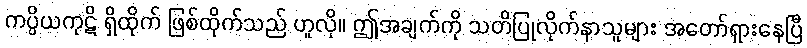
ကပ္ပိယကုဋိ ရှိထိုက် ဖြစ်ထိုက်သည် ဟူလို။ ဤအချက်ကို သတိပြုလိုက်နာသူများ အတော်ရှားနေပြီ